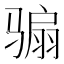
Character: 骟